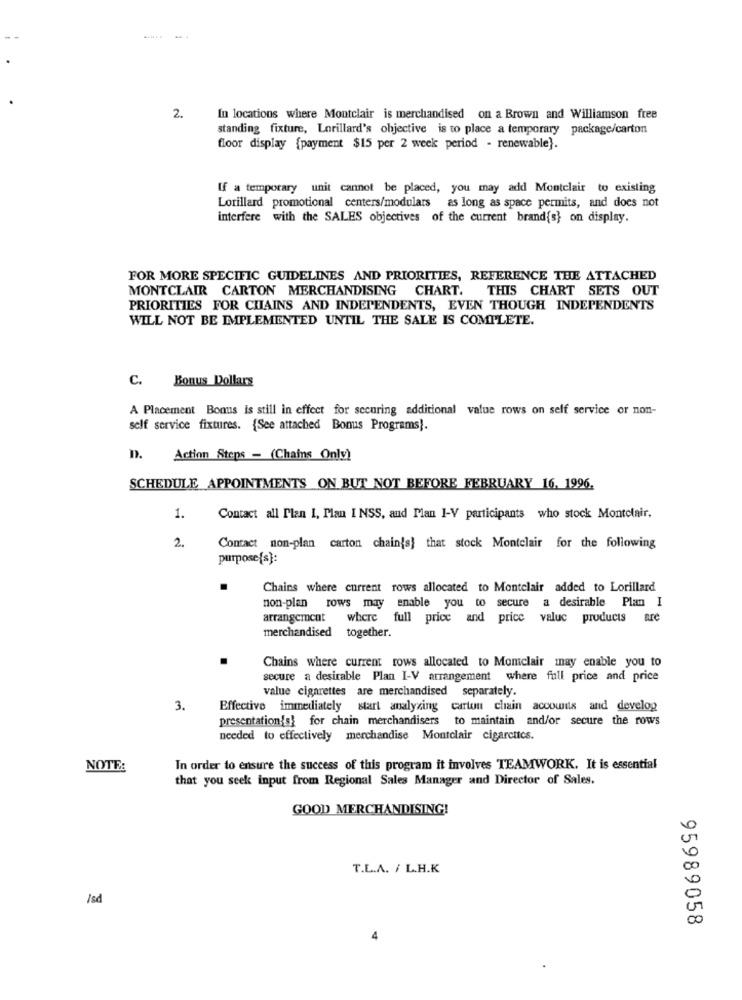
2.
In locations where Montclair is merchandised on a Brown and Williamson free
standing fixture, Lorillard's objective is to place a temporary package/carton
floor display {payment $15 per 2 week period - renewable}.
If a temporary unit cannot be placed, you may add Montclair to existing
Lorillard promotional centers/modulars as long as space permits, and does not
interfere with the SALES objectives of the current brand{s} on display.
FOR MORE SPECIFIC GUIDELINES AND PRIORITIES, REFERENCE THE ATTACHED
MONTCLAIR CARTON MERCHANDISING CHART. THIS CHART SETS OUT
PRIORITIES FOR CHAINS AND INDEPENDENTS, EVEN THOUGH INDEPENDENTS
WILL NOT BE IMPLEMENTED UNTIL THE SALE IS COMPLETE.
C.
Bonus Dollars
A Placement Bonus is still in effect for securing additional value rows on self service or non-
self service fixtures. {See attached Bonus Programs).
n.
Action Steps - (Chains Only)
SCHEDULE APPOINTMENTS ON BUT NOT BEFORE FEBRUARY 16. 1996.
1.
Contact all Plan I, Plan I NSS, and Plan I-V participants who stock Montclair,
2.
Contact non-plan carton chain's] that stock Montelair for the following
purpose(s):
Chains where current rows allocated to Montclair added to Lorillard
non-plan rows may enable you to secure a desirable Plam I
arrangement where full price and price valuc products are
merchandised together.
Chains where current rows allocated to Momclair may enable you to
secure a desirable Plan I-V arrangement where full price and price
value cigarettes are merchandised separately.
3.
Effective immediately start analyzing carton chain accounts and develog
presentation's} for chain merchandisers to maintain and/or secure the rows
needed to effectively merchandise Montclair cigarcttcs.
NOTE:
In order to ensure the success of this program it involves TEAMWORK. It is essential
that you seek input from Regional Sales Manager and Director of Sales.
GOOD MERCHANDISING!
T.L.A. / L.H.K
/sd
95989058